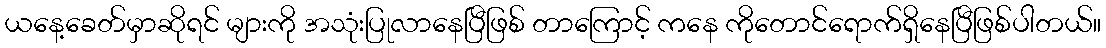
ယနေ့ခေတ်မှာဆိုရင် များကို အသုံးပြုလာနေပြီဖြစ် တာကြောင့် ကနေ ကိုတောင်ရောက်ရှိနေပြီဖြစ်ပါတယ်။